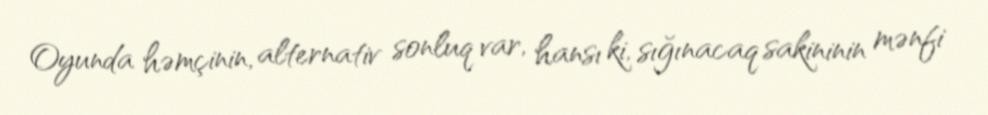
Oyunda həmçinin, alternativ sonluq var, hansı ki, sığınacaq sakininin mənfi